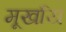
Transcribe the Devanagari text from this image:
मूर्खाय